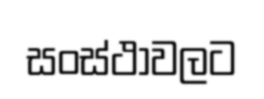
සංස්ථාවලට